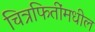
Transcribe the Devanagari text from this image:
चित्रफितींमधील